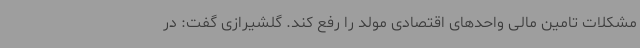
مشکلات تامین مالی واحدهای اقتصادی مولد را رفع کند. گلشیرازی گفت: در